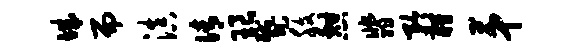
城而滇倩琅蹙腹憩翡矜酹第